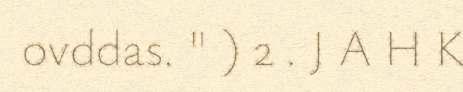
ovddas. " ) 2 . J A H K